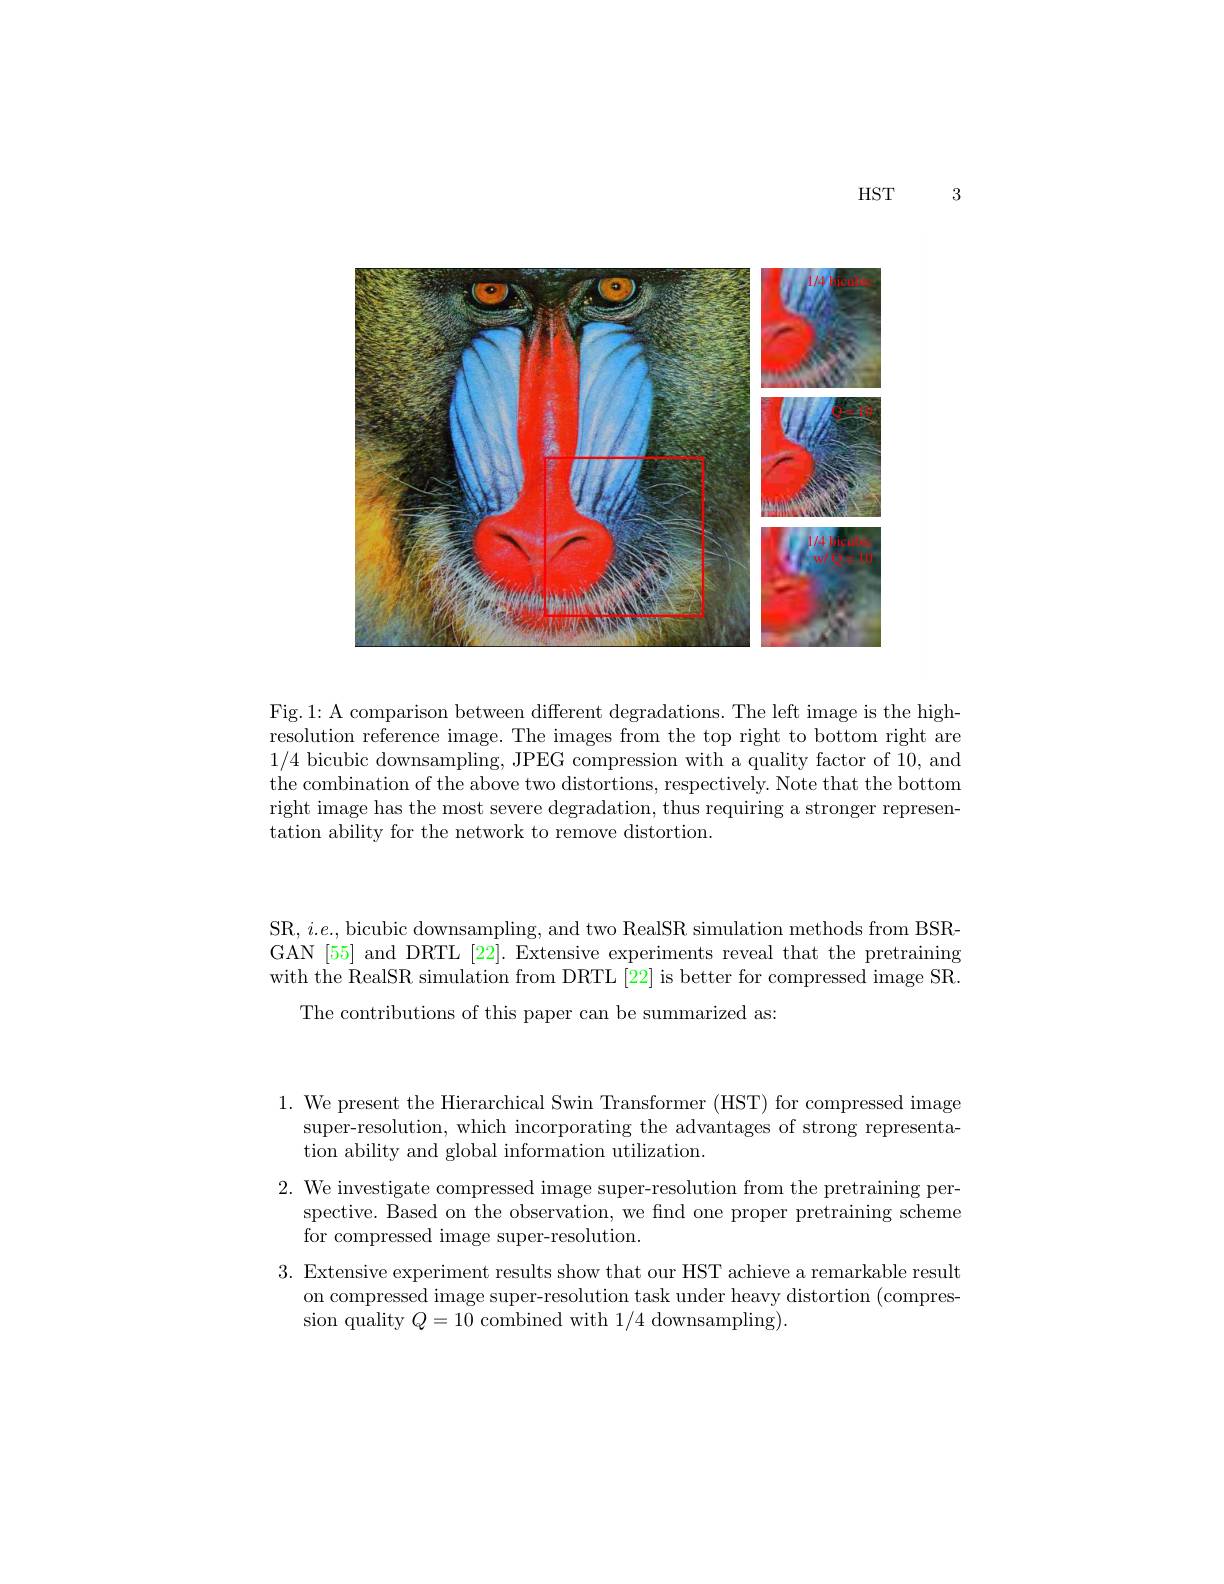
3

$HST$

<FigureHere>

Fig.1: A comparison between different degradations. The left image is the highresolution reference image. The images from the top right to bottom right are 1/4 bicubic downsampling, JPEG compression with a quality factor of 10, and the combination of the above two distortions, respectively. Note that the bottom right image has the most severe degradation, thus requiring a stronger representation ability for the network to remove distortion.

SR, $i.e.$, bicubic downsampling, and two RealSR simulation methods from BSRGAN [55] and DRTL [22]. Extensive experiments reveal that the pretraining with the RealSR simulation from DRTL[22] is better for compressed image SR.
The contributions of this paper can be summarized as:

1. We present the Hierarchical Swin Transformer (HST) for compressed image
super-resolution, which incorporating the advantages of strong representa-
tion ability and global information utilization.
2. We investigate compressed image super-resolution from the pretraining per-
spective. Based on the observation, we find one proper pretraining scheme
for compressed image super-resolution.
3. Extensive experiment results show that our HST achieve a remarkable result
on compressed image super-resolution task under heavy distortion (compres-)
sion quality $Q=10$ combined with 1/4 downsampling)